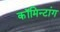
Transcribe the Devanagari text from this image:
कॉमिन्टांग